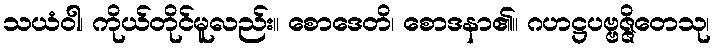
သယံဝါ၊ ကိုယ်တိုင်မူလည်း။ စောဒေတိ၊ စောဒနာ၏။ ဂဟဋ္ဌပဗ္ဗဇ္ဇိတေသု၊